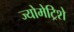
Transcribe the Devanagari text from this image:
ज्योमेट्रिशे